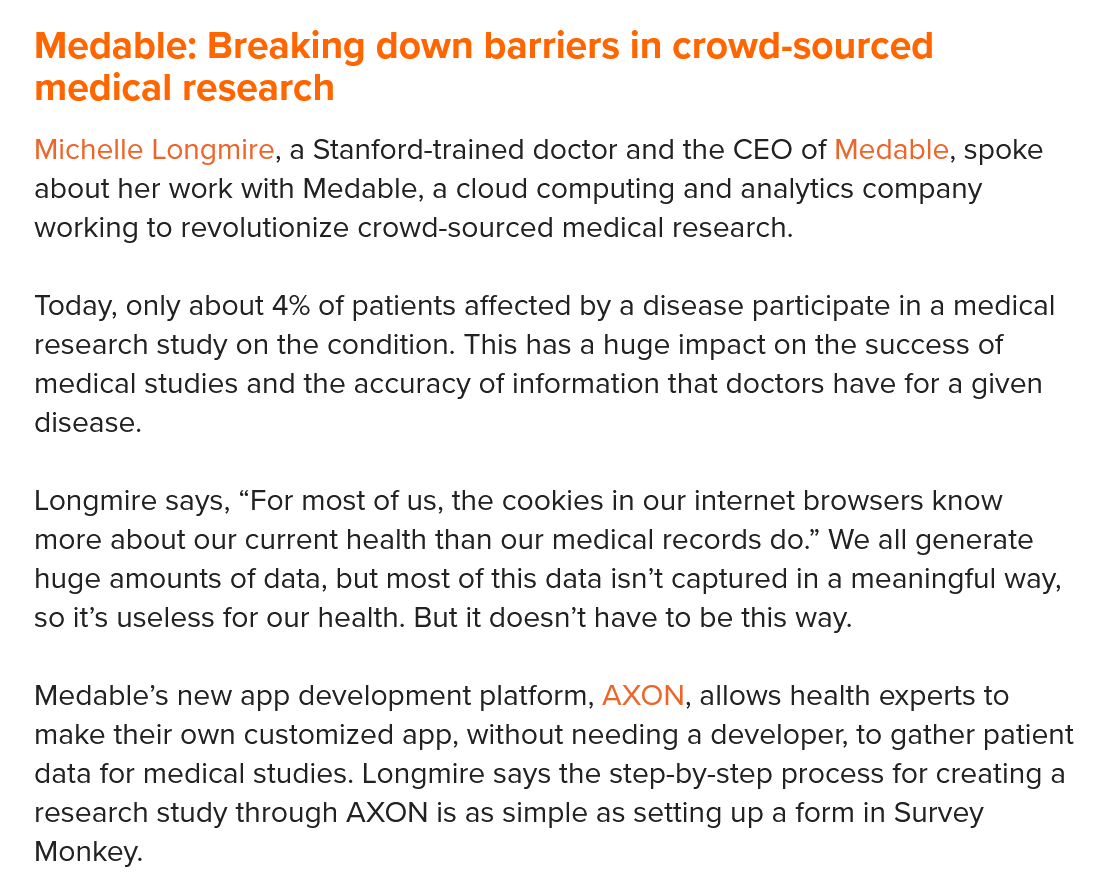
Medable:   Breaking   down barriers    in crowd-sourced
   medical   research
   Michelle Longmire, a Stanford-trained doctor and the CEO of Medable, spoke
   about her work with Medable, a cloud computing and analytics company
   working to revolutionize crowd-sourced medical research.
   Today, only about 4% of patients affected by a disease participate in a medical
   research study on the condition. This has a huge impact on the success of
   medical studies and the accuracy of information that doctors have for a given
   disease.
   Longmire says, “For most of us, the cookies in our internet browsers know
   more about our current health than our medical records do.” We all generate
   huge amounts of data, but most of this data isn’t captured in a meaningful way,
   so it’s useless for our health. But it doesn’t have to be this way.
   Medable’s new app development platform, AXON, allows health experts to
   make their own customized app, without needing a developer, to gather patient
   data for medical studies. Longmire says the step-by-step process for creating a
   research study through AXON is as simple as setting up a form in Survey
   Monkey.